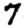
Digit: 7